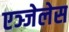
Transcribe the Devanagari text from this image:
एञ्जेलेस